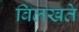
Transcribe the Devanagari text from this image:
बिलखते